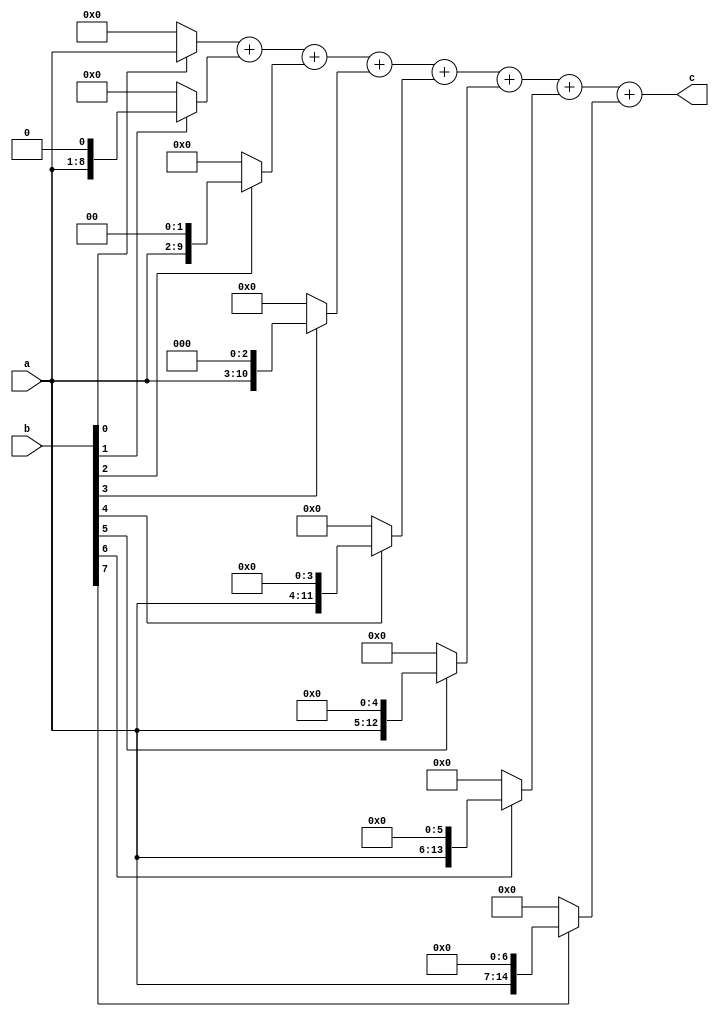
`timescale 1ns / 1ps
////////////////////////////////////////////////////////////////////////////////// 
// Module Name: mult_8_8
// Description: 88,
//////////////////////////////////////////////////////////////////////////////////


module mult_8_8(
        input wire [7:0] a,
        input wire [7:0] b,
        
        output wire [15:0] c
    );
    
    wire [15:0] PP0;
    wire [15:0] PP1;
    wire [15:0] PP2;
    wire [15:0] PP3;
    wire [15:0] PP4;
    wire [15:0] PP5;
    wire [15:0] PP6;
    wire [15:0] PP7;
    
    assign PP0 = b[0]?{8'b0,a}:16'b0;
    assign PP1 = b[1]?{7'b0,a,1'b0}:16'b0;
    assign PP2 = b[2]?{6'b0,a,2'b0}:16'b0;
    assign PP3 = b[3]?{5'b0,a,3'b0}:16'b0;
    assign PP4 = b[4]?{4'b0,a,4'b0}:16'b0;
    assign PP5 = b[5]?{3'b0,a,5'b0}:16'b0;
    assign PP6 = b[6]?{2'b0,a,6'b0}:16'b0;
    assign PP7 = b[7]?{1'b0,a,7'b0}:16'b0;
    
    assign c = PP0+PP1+PP2+PP3+PP4+PP5+PP6+PP7;
    
endmodule